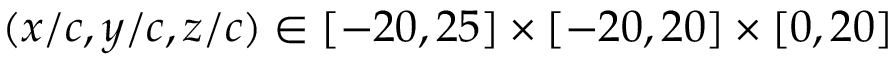
( x / c , y / c , z / c ) \in [ - 2 0 , 2 5 ] \times [ - 2 0 , 2 0 ] \times [ 0 , 2 0 ]